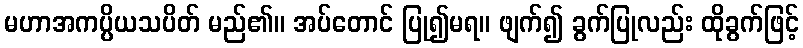
မဟာအကပ္ပိယသပိတ် မည်၏။ အပ်တောင် ပြု၍မရ။ ဖျက်၍ ခွက်ပြုလည်း ထိုခွက်ဖြင့်